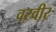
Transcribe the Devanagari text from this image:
वरवीर